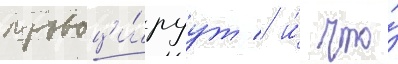
провоци́руут / и́ что́